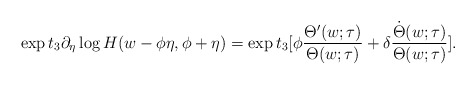
\begin{align*}\exp t_3 \partial_\eta \log H(w-\phi\eta, \phi + \eta) =\exp t_3[\phi \frac{\Theta'(w;\tau)}{\Theta(w;\tau)} + \delta \frac{\dot{\Theta}(w;\tau)}{\Theta(w;\tau)}].\end{align*}